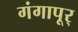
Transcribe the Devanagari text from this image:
गंगापूर्